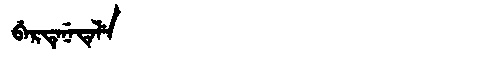
Manchu: ᠪᡝᡵᡨᡝᠨᡝᡨᡝᠯᡝ
Romanization: BERTENETELE